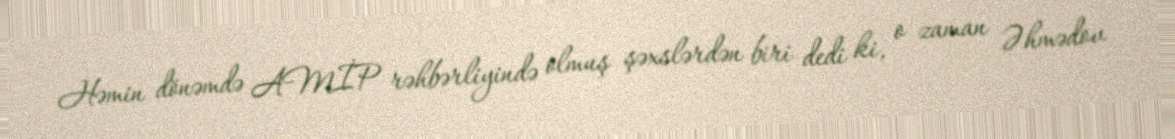
Həmin dönəmdə AMİP rəhbərliyində olmuş şəxslərdən biri dedi ki, o zaman Əhmədov